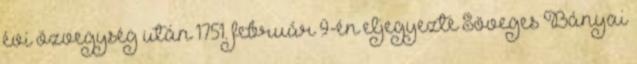
évi özvegység után 1751. február 9-én eljegyezte Söveges Bányai